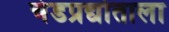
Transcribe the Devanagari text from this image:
चंडप्रद्योताला